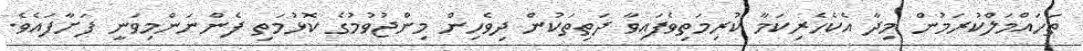
ތަހައްމަލްކުރަމުން މިދާ އެކެހެރިކަމާ ކުރިމަތިވެފައިވާ ދަތިތަކުން ދިވެހިން މިންޖުވުމުގެ ކޮޅުމަތި ފެންނަންމިވަނީ ފަށާފައެވެ.